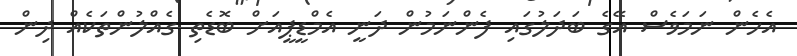
އެހެން ނަމަވެސް އޭގެ ބަދަލުގައި ފެންނަމުން ދަނީ އެމްޑީޕީއަށް ބޮޑެތި ގެއްލުންތަކެއް ދިން